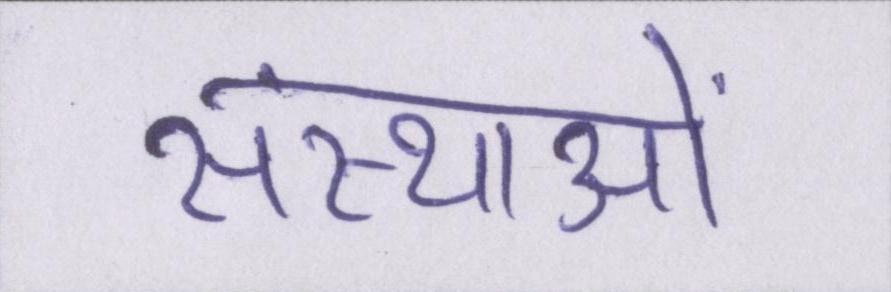
संस्थाओं